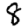
Digit: 8